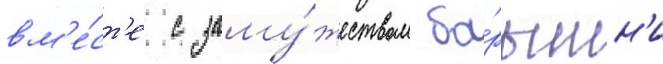
вм'е́ст'е с заму́жеством ба́рышн'и